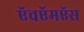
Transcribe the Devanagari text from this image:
ऍचऍमऍस